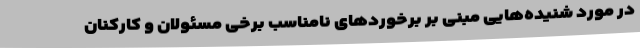
در مورد شنیده‌هایی مبنی بر برخوردهای نامناسب برخی مسئولان و کارکنان